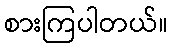
စားကြပါတယ်။